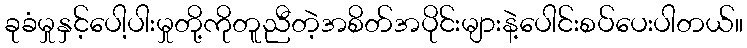
ခုခံမှုနှင့်ပေါ့ပါးမှုတို့ကိုတူညီတဲ့အစိတ်အပိုင်းများနဲ့ပေါင်းစပ်ပေးပါတယ်။